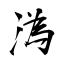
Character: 溈